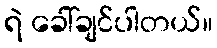
ရဲ ခေါ်ချင်ပါတယ်။